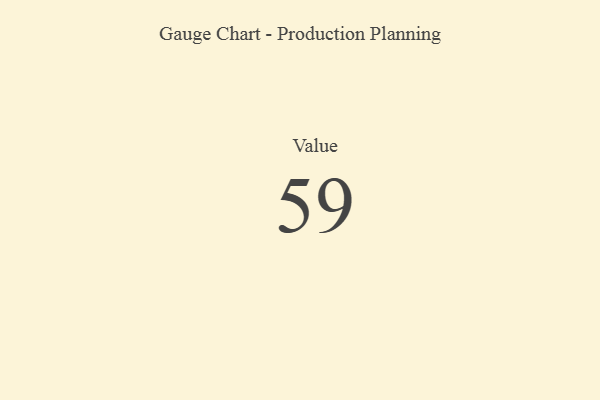
{"axis": {"x": "Metric", "y": "Value"}, "legend": [""], "data": [{"x": "Value", "y": 59, "type": ""}]}